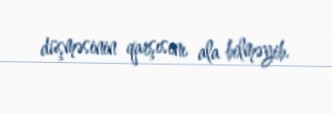
düşməsinin qarşısını ala bilməyib.